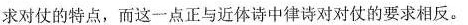
求对仗的特点，而这一点正与近体诗中律诗对对仗的要求相反。